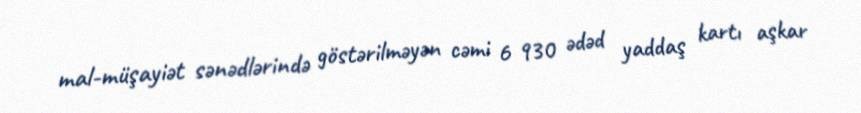
mal-müşayiət sənədlərində göstərilməyən cəmi 6 930 ədəd yaddaş kartı aşkar